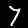
Label: 7